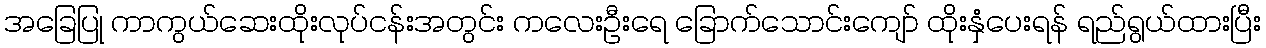
အခြေပြု ကာကွယ်ဆေးထိုးလုပ်ငန်းအတွင်း ကလေးဦးရေ ခြောက်သောင်းကျော် ထိုးနှံပေးရန် ရည်ရွယ်ထားပြီး